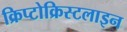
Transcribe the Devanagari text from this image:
क्रिप्टोक्रिस्टलाइन